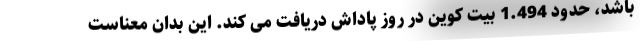
باشد، حدود 1.494 بیت کوین در روز پاداش دریافت می کند. این بدان معناست